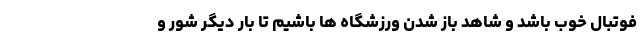
فوتبال خوب باشد و شاهد باز شدن ورزشگاه ها باشیم تا بار دیگر شور و